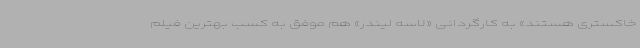
خاکستری هستند» به کارگردانی «لاسه لیندر» هم موفق به کسب بهترین فیلم